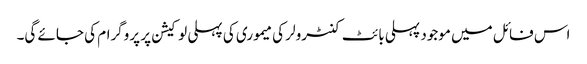
اس فائل میں موجود پہلی بائٹ کنٹرولر کی میموری کی پہلی لو کیشن پر پروگرام کی جائے گی۔